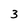
Character: 3